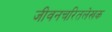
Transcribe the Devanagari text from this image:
जीवनचरितलेखक